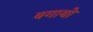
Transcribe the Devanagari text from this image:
बगायो